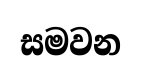
සමවන